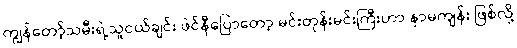
ကျွန်တော့်သမီးရဲ့သူငယ်ချင်း ဖဲင်နီပြောတော့ မင်းတုန်းမင်းကြီးဟာ နာမကျန်း ဖြစ်လို့